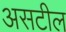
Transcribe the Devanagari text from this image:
असटील